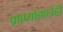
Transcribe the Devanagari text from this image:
प्राण्यांमधेही